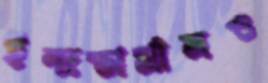
ইন্দ্রভার্মানও